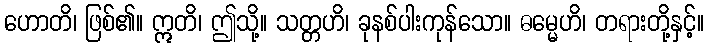
ဟောတိ၊ ဖြစ်၏။ ဣတိ၊ ဤသို့။ သတ္တဟိ၊ ခုနစ်ပါးကုန်သော။ ဓမ္မေဟိ၊ တရားတို့နှင့်။